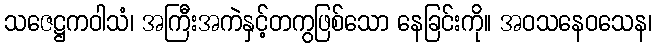
သဇေဋ္ဌကဝါသံ၊ အကြီးအကဲနှင့်တကွဖြစ်သော နေခြင်းကို။ အဝသနေဝသေန၊